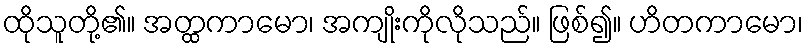
ထိုသူတို့၏။ အတ္ထကာမော၊ အကျိုးကိုလိုသည်။ ဖြစ်၍။ ဟိတကာမော၊